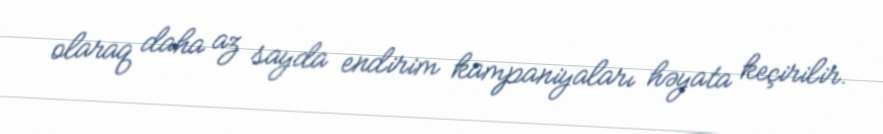
olaraq daha az sayda endirim kampaniyaları həyata keçirilir.